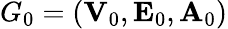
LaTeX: G_{0}=({\mathbf V}_{0},{\mathbf E}_{0},{\mathbf A}_{0})